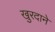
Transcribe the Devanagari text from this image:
खुरदाने